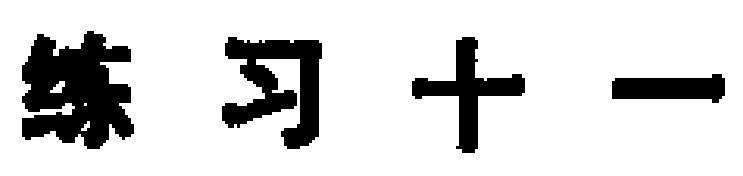
练习十一